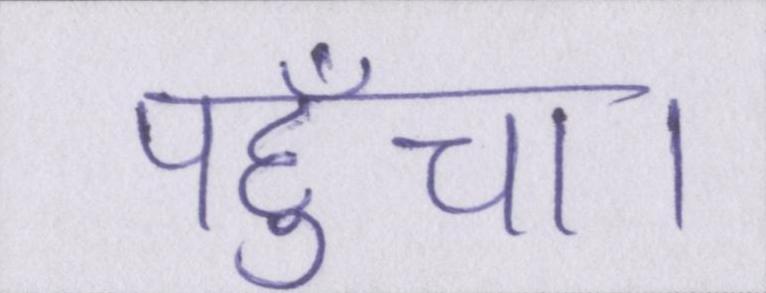
पहुँचा।